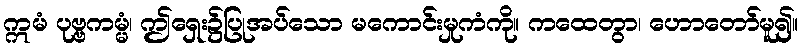
ဣမံ ပုဗ္ဗကမ္မံ၊ ဤရှေး၌ပြုအပ်သော မကောင်းမှုကံကို။ ကထေတွာ၊ ဟောတော်မူ၍။